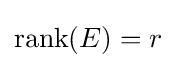
\operatorname {rank} (E)=r